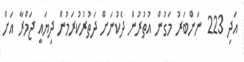
އަދި 223 ނަންބަރު މަގުން އުތުރުން ދެކުނަށް ދަތުރުކުރަމުން ދިޔައީ ޖަމްރާ އަށް